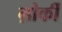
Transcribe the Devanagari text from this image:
ग़ोर्की